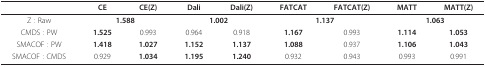
<table><thead><tr><td></td><td><b>CE</b></td><td><b>CE(Z)</b></td><td><b>Dali</b></td><td><b>Dali(Z)</b></td><td><b>FATCAT</b></td><td><b>FATCAT(Z)</b></td><td><b>MATT</b></td><td><b>MATT(Z)</b></td></tr></thead><tbody><tr><td>Z : Raw</td><td colspan="2"><b>1.588</b></td><td colspan="2"><b>1.002</b></td><td colspan="2"><b>1.137</b></td><td colspan="2"><b>1.063</b></td></tr><tr><td>CMDS : PW</td><td><b>1.525</b></td><td>0.993</td><td>0.964</td><td>0.918</td><td><b>1.167</b></td><td>0.993</td><td><b>1.114</b></td><td><b>1.053</b></td></tr><tr><td>SMACOF : PW</td><td><b>1.418</b></td><td><b>1.027</b></td><td><b>1.152</b></td><td><b>1.137</b></td><td><b>1.088</b></td><td>0.937</td><td><b>1.106</b></td><td><b>1.043</b></td></tr><tr><td>SMACOF : CMDS</td><td>0.929</td><td><b>1.034</b></td><td><b>1.195</b></td><td><b>1.240</b></td><td>0.932</td><td>0.943</td><td>0.993</td><td>0.991</td></tr></tbody></table>